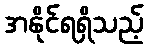
အနိုင်ရရှိသည့်